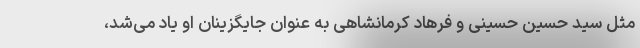
مثل سید حسین حسینی و فرهاد کرمانشاهی به عنوان جایگزینان او یاد می‌شد،